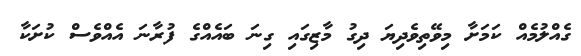
ގެއްލުމެއް ކަމަށާ މިވޭތިވެދިޔަ ދިގު މާޒިގައި ގިނަ ބައެއްގެ ފުރާނަ އެއްވެސް ކުށަކާ